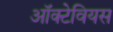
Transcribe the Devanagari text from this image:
ऑक्टेवियस